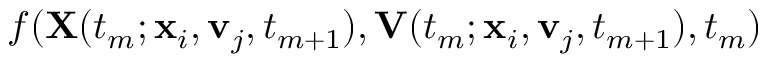
f ( \mathbf { X } ( t _ { m } ; \mathbf { x } _ { i } , \mathbf { v } _ { j } , t _ { m + 1 } ) , \mathbf { V } ( t _ { m } ; \mathbf { x } _ { i } , \mathbf { v } _ { j } , t _ { m + 1 } ) , t _ { m } )